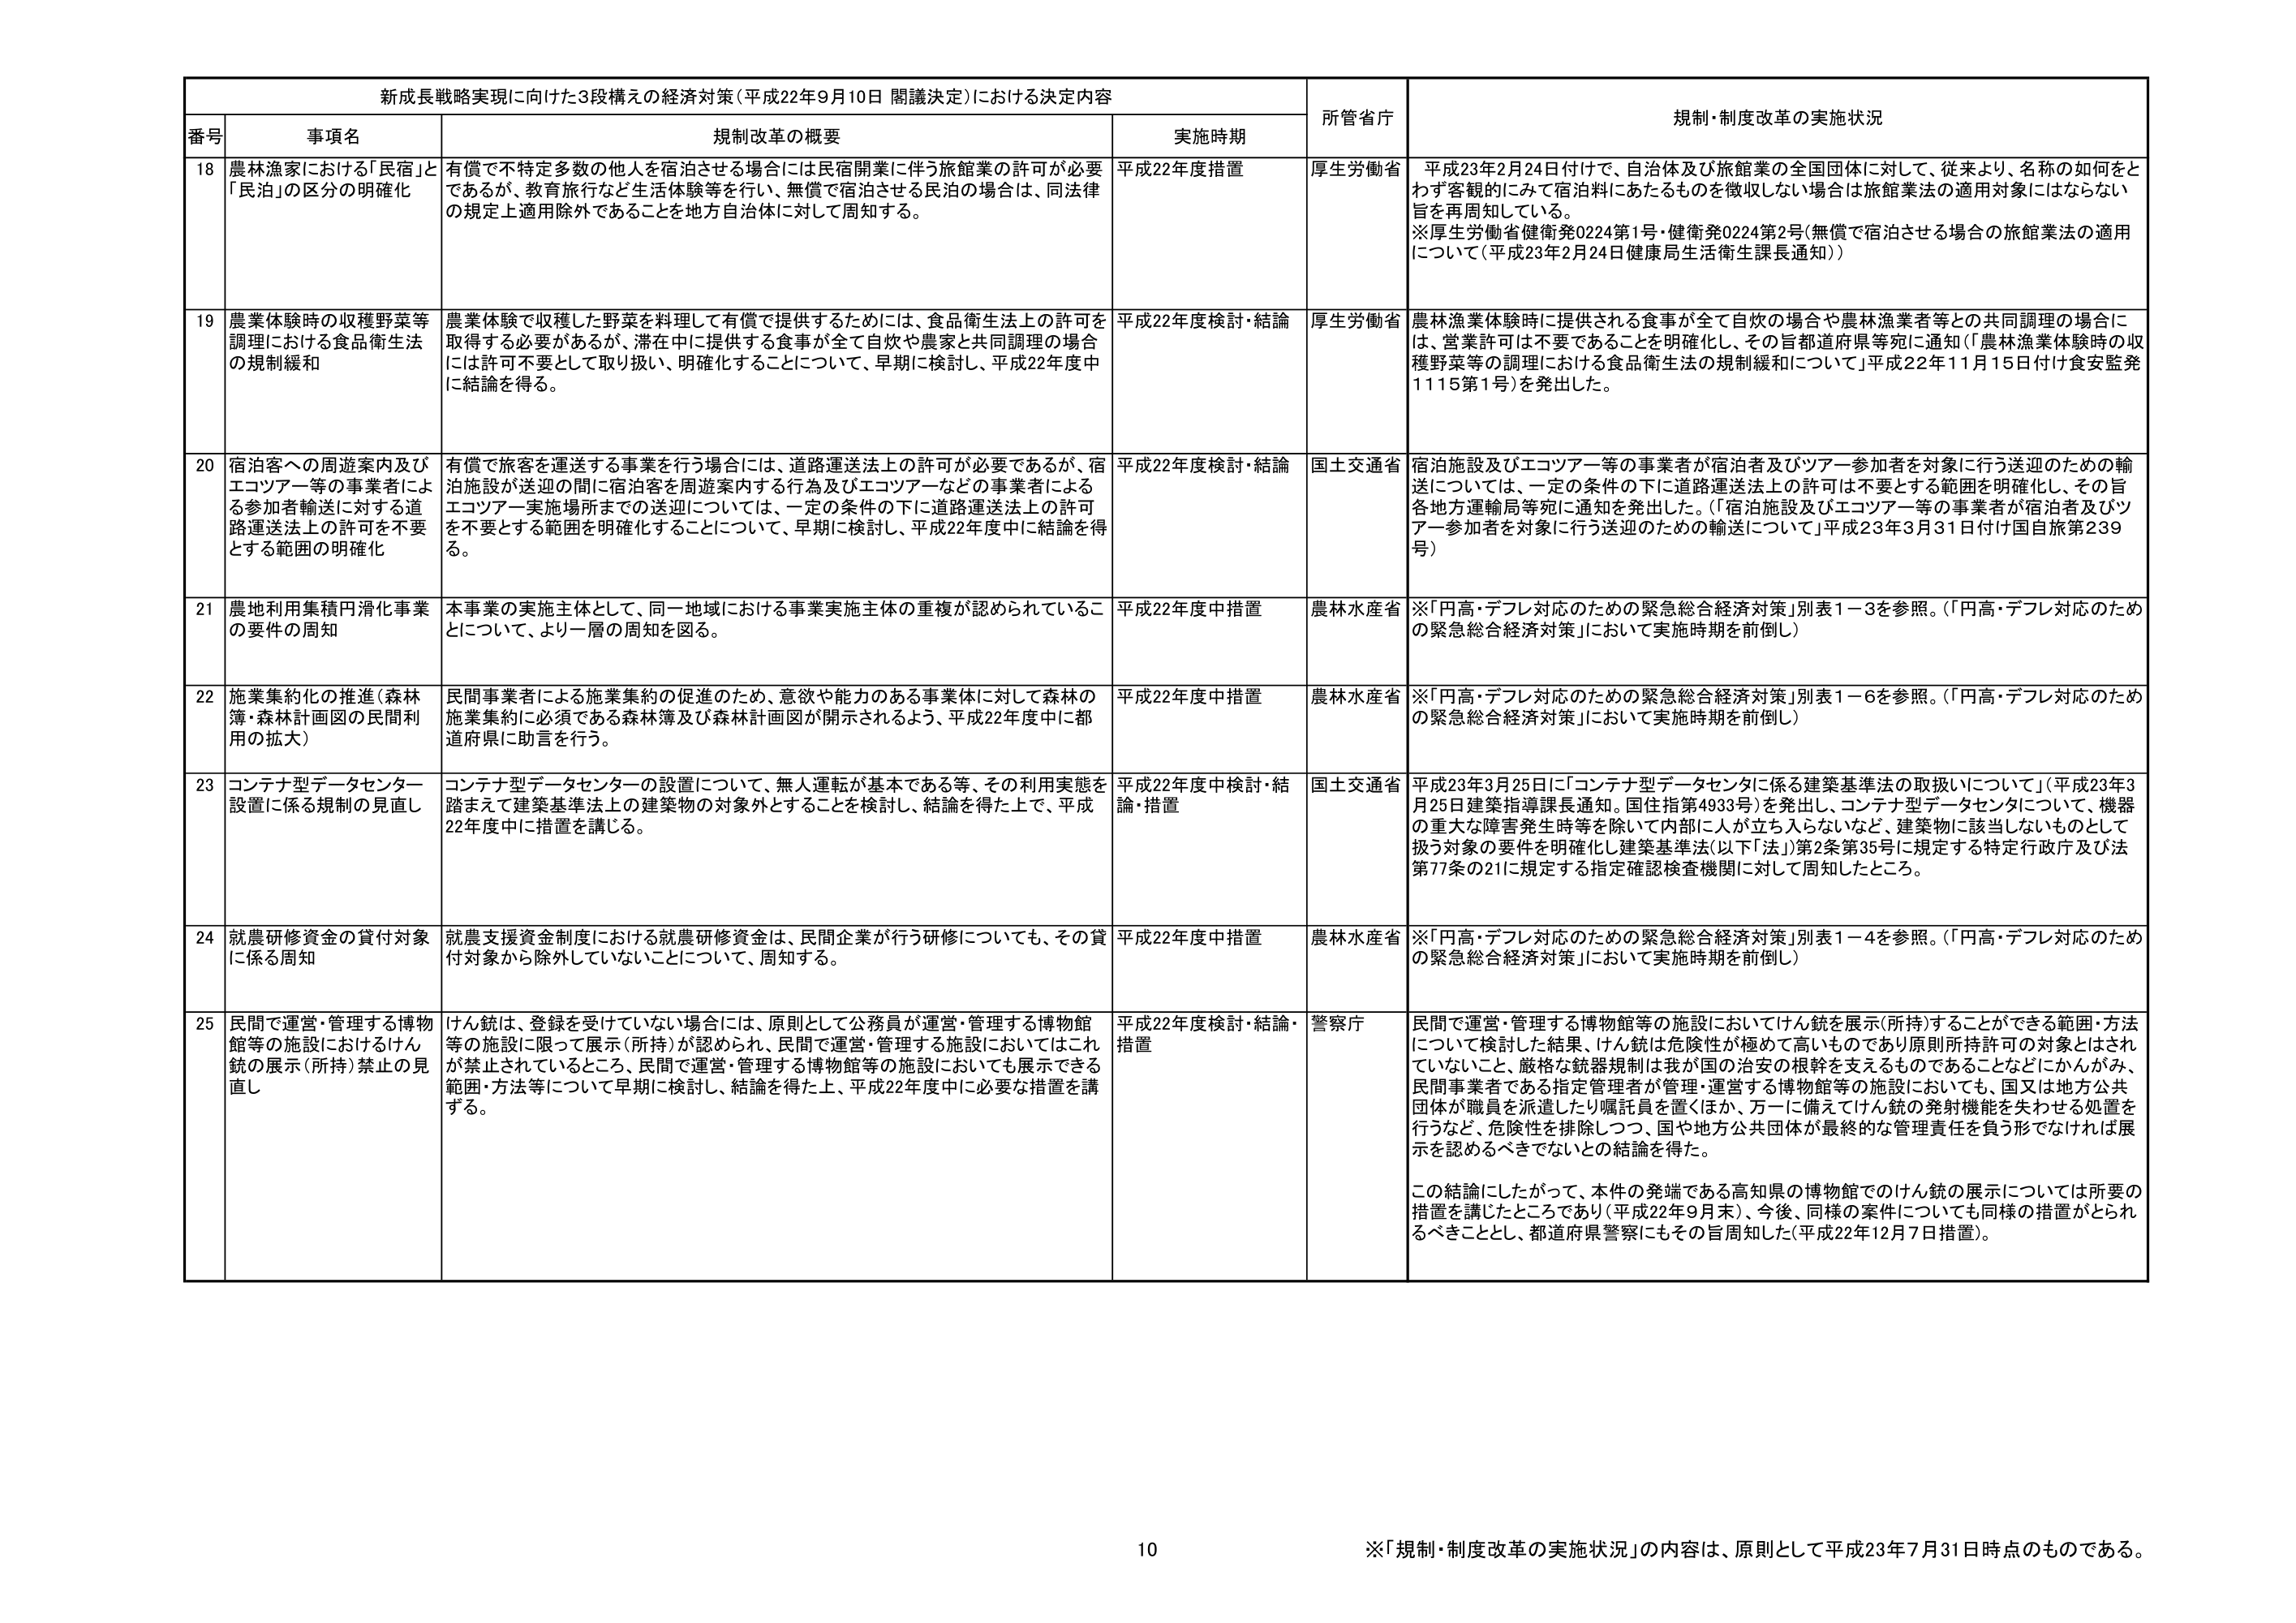
新成長戦略実現に向けた3段構えの経済対策（平成22年9月10日 閣議決定）における決定内容

番号 事項名 規制改革の概要 実施時期 所管省庁 規制・制度改革の実施状況

18 農林漁家における「民宿」と「民泊」の区分の明確化 有償で不特定多数の他人を宿泊させる場合には民宿開業に伴う旅館業の許可が必要であるが、教育旅行など生活体験等を行い、無償で宿泊させる民泊の場合は、同法律の規定上適用除外であることを地方自治体に対して周知する。 平成22年度措置 厚生労働省 平成23年2月24日付けで、自治体及び旅館業の全国団体に対して、従来より、名称の如何をとわず客観的にみて宿泊料にあたるものを徴収しない場合は旅館業法の適用対象にはならない旨を再周知している。 ※厚生労働省健衛発0224第1号・健衛発0224第2号（無償で宿泊させる場合の旅館業法の適用について（平成23年2月24日健康局生活衛生課長通知））

19 農業体験時の収穫野菜等調理における食品衛生法の規制緩和 農業体験で収穫した野菜を料理して有償で提供するためには、食品衛生法上の許可を取得する必要があるが、滞在中に提供する食事が全て自炊や農家と共同調理の場合には許可不要として取り扱い、明確化することについて、早期に検討し、平成22年度中に結論を得る。 平成22年度検討・結論 厚生労働省 農林漁業体験時に提供される食事が全て自炊の場合や農林漁業者等との共同調理の場合には、営業許可は不要であることを明確化し、その旨都道府県等宛に通知（「農林漁業体験時の収穫野菜等の調理における食品衛生法の規制緩和について」平成22年11月15日付け食安監発1115第1号）を発出した。

20 宿泊客への周遊案内及びエコツアー等の事業者による参加者輸送に対する道路運送法上の許可を不要とする範囲の明確化 有償で旅客を運送する事業を行う場合には、道路運送法上の許可が必要であるが、宿泊施設が送迎の間に宿泊客を周遊案内する行為及びエコツアーなどの事業者によるエコツアー実施場所までの送迎については、一定の条件の下に道路運送法上の許可を不要とする範囲を明確化することについて、早期に検討し、平成22年度中に結論を得る。 平成22年度検討・結論 国土交通省 宿泊施設及びエコツアー等の事業者が宿泊者及びツアー参加者を対象に行う送迎のための輸送については、一定の条件の下に道路運送法上の許可は不要とする範囲を明確化し、その旨各地方運輸局等宛に通知を発出した。（「宿泊施設及びエコツアー等の事業者が宿泊者及びツアー参加者を対象に行う送迎のための輸送について」平成23年3月31日付け国自旅第239号）

21 農地利用集積円滑化事業の要件の周知 本事業の実施主体として、同一地域における事業実施主体の重複が認められていることについて、より一層の周知を図る。 平成22年度中措置 農林水産省 ※「円高・デフレ対応のための緊急総合経済対策」別表1－3を参照。（「円高・デフレ対応のための緊急総合経済対策」において実施時期を前倒し）

22 施業集約化の推進（森林簿・森林計画図の民間利用の拡大） 民間事業者による施業集約の促進のため、意欲や能力のある事業体に対して森林の施業集約に必須である森林簿及び森林計画図が開示されるよう、平成22年度中に都道府県に助言を行う。 平成22年度中措置 農林水産省 ※「円高・デフレ対応のための緊急総合経済対策」別表1－6を参照。（「円高・デフレ対応のための緊急総合経済対策」において実施時期を前倒し）

23 コンテナ型データセンター設置に係る規制の見直し コンテナ型データセンターの設置について、無人運転が基本である等、その利用実態を踏まえて建築基準法上の建築物の対象外とすることを検討し、結論を得た上で、平成22年度中に措置を講じる。 平成22年度中検討・結論・措置 国土交通省 平成23年3月25日に「コンテナ型データセンターに係る建築基準法の取扱いについて」（平成23年3月25日建築指導課長通知。国住指第4933号）を発出し、コンテナ型データセンターについて、機器の重大な障害発生時等を除いて内部に人が立ち入らないなど、建築物に該当しないものとして扱う対象の要件を明確化し建築基準法（以下「法」）第2条第35号に規定する特定行政庁及び法第77条の21に規定する指定確認検査機関に対して周知したところ。

24 就農研修資金の貸付対象に係る周知 就農支援資金制度における就農研修資金は、民間企業が行う研修についても、その貸付対象から除外していないことについて、周知する。 平成22年度中措置 農林水産省 ※「円高・デフレ対応のための緊急総合経済対策」別表1－4を参照。（「円高・デフレ対応のための緊急総合経済対策」において実施時期を前倒し）

25 民間で運営・管理する博物館等の施設におけるけん銃の展示（所持）禁止の見直し けん銃は、登録を受けていない場合には、原則として公務員が運営・管理する博物館等の施設に限って展示（所持）が認められ、民間で運営・管理する施設においてはこれが禁止されているところ、民間で運営・管理する博物館等の施設においても展示できる範囲・方法等について早期に検討し、結論を得た上、平成22年度中に必要な措置を講ずる。 平成22年度検討・結論・措置 警察庁 民間で運営・管理する博物館等の施設においてけん銃を展示（所持）することができる範囲・方法について検討した結果、けん銃は危険性が極めて高いものであり原則所持許可の対象とはされていないこと、厳格な銃器規制は我が国の治安の根幹を支えるものであることなどにかんがみ、民間事業者である指定管理者が管理・運営する博物館等の施設においても、国又は地方公共団体が職員を派遣したり嘱託員を置くほか、万一に備えてけん銃の発射機能を失わせる処置を行うなど、危険性を排除しつつ、国や地方公共団体が最終的な管理責任を負う形でなければ展示を認めるべきでないとの結論を得た。 この結論にしたがって、本件の発端である高知県の博物館でのけん銃の展示については所要の措置を講じたところであり（平成22年9月末）、今後、同様の案件についても同様の措置がとられるべきこととし、都道府県警察にもその旨周知した（平成22年12月7日措置）。

※「規制・制度改革の実施状況」の内容は、原則として平成23年7月31日時点のものである。